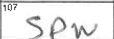
Transcription: SPW